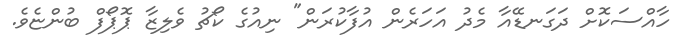
ހާއްސަކޮށް ދަގަނޑޭއާ މެދު އަހަރެން އުފާކުރަން" ނިއުގެ ކޯޗު ވެލިޒާ ޕޮޕޯފް ބުންޏެވެ.